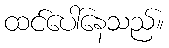
ထင်ပေါ်နေသည်။